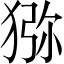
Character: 猕